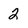
Character: 2